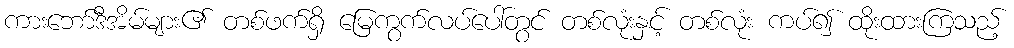
ကားဘော်ဒီအိမ်များ၏ တစ်ဖက်ရှိ မြေကွက်လပ်ပေါ်တွင် တစ်လုံးနှင့် တစ်လုံး ကပ်၍ ထိုးထားကြသည့်